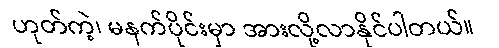
ဟုတ်ကဲ့၊ မနက်ပိုင်းမှာ အားလို့လာနိုင်ပါတယ်။